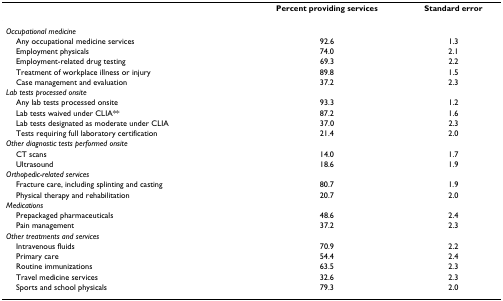
<table><thead><tr><td></td><td><b>Percent providing services</b></td><td><b>Standard error</b></td></tr></thead><tbody><tr><td><i>Occupational medicine</i></td><td></td><td></td></tr><tr><td> Any occupational medicine services</td><td>92.6</td><td>1.3</td></tr><tr><td> Employment physicals</td><td>74.0</td><td>2.1</td></tr><tr><td> Employment-related drug testing</td><td>69.3</td><td>2.2</td></tr><tr><td> Treatment of workplace illness or injury</td><td>89.8</td><td>1.5</td></tr><tr><td> Case management and evaluation</td><td>37.2</td><td>2.3</td></tr><tr><td><i>Lab tests processed onsite</i></td><td></td><td></td></tr><tr><td> Any lab tests processed onsite</td><td>93.3</td><td>1.2</td></tr><tr><td> Lab tests waived under CLIA**</td><td>87.2</td><td>1.6</td></tr><tr><td> Lab tests designated as moderate under CLIA</td><td>37.0</td><td>2.3</td></tr><tr><td> Tests requiring full laboratory certification</td><td>21.4</td><td>2.0</td></tr><tr><td><i>Other diagnostic tests performed onsite</i></td><td></td><td></td></tr><tr><td> CT scans</td><td>14.0</td><td>1.7</td></tr><tr><td> Ultrasound</td><td>18.6</td><td>1.9</td></tr><tr><td><i>Orthopedic-related services</i></td><td></td><td></td></tr><tr><td> Fracture care, including splinting and casting</td><td>80.7</td><td>1.9</td></tr><tr><td> Physical therapy and rehabilitation</td><td>20.7</td><td>2.0</td></tr><tr><td><i>Medications</i></td><td></td><td></td></tr><tr><td> Prepackaged pharmaceuticals</td><td>48.6</td><td>2.4</td></tr><tr><td> Pain management</td><td>37.2</td><td>2.3</td></tr><tr><td><i>Other treatments and services</i></td><td></td><td></td></tr><tr><td> Intravenous fluids</td><td>70.9</td><td>2.2</td></tr><tr><td> Primary care</td><td>54.4</td><td>2.4</td></tr><tr><td> Routine immunizations</td><td>63.5</td><td>2.3</td></tr><tr><td> Travel medicine services</td><td>32.6</td><td>2.3</td></tr><tr><td> Sports and school physicals</td><td>79.3</td><td>2.0</td></tr></tbody></table>